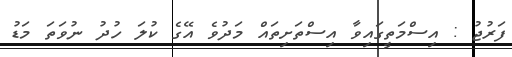
ފަރުޖު : އިސްމަތީގައިވާ އިސްތަށިތައް މަދުވެ އޭގެ ކުލަ ހުދު ނުވަތަ މަޑު